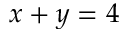
x + y = 4